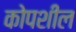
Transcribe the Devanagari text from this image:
कोपशील